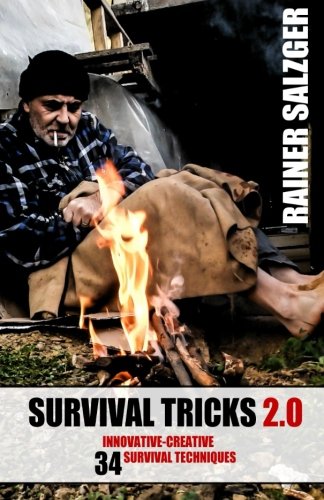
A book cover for Survival Tricks 2.0: 34 Innovative Creative Survival Techniques; Rainer Salzger; Reference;